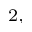
^ { 2 , }